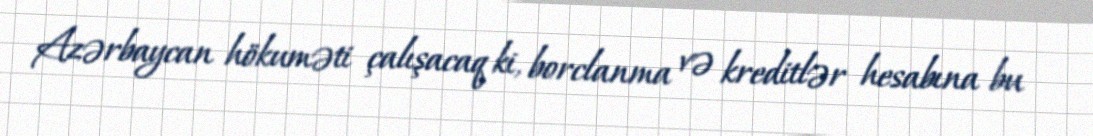
Azərbaycan hökuməti çalışacaq ki, borclanma və kreditlər hesabına bu